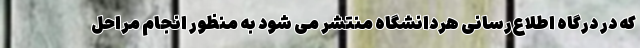
که در درگاه اطلاع‌رسانی هردانشگاه منتشر می شود به منظور انجام مراحل